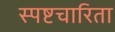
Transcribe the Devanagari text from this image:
स्पष्टचारिता